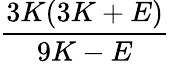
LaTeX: \frac{3K(3K+E)}{9K-E}